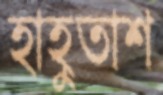
হাহুতাশ